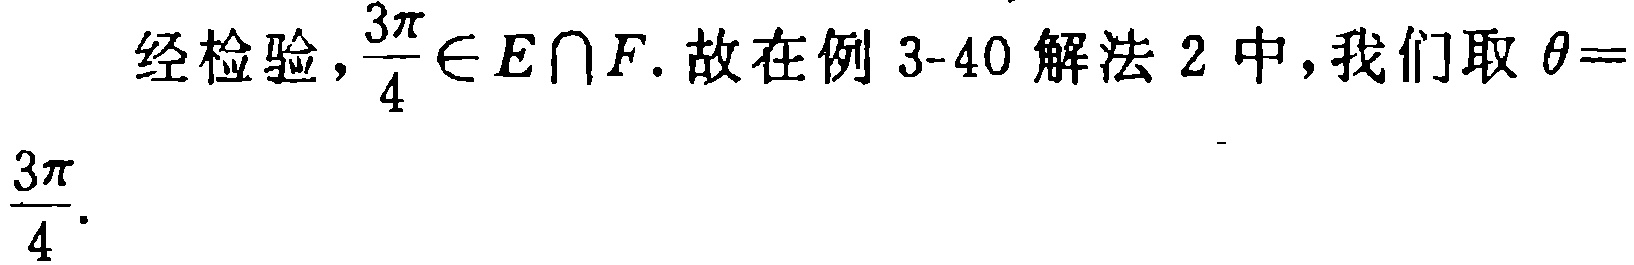
经检验，\(\frac{3\pi}{4}\in E\cap F\). 故在例 3-40 解法 2 中，我们取 \(\theta = \frac{3\pi}{4}\).